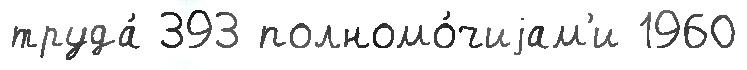
труда́ 393 полномо́чиjам'и 1960